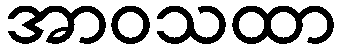
အာဝသထာ